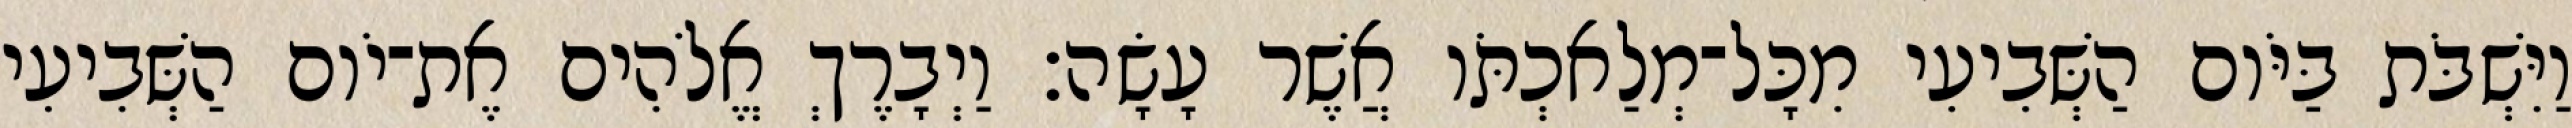
וַיִּשְׁבֹּת בַּיֹּום הַשְּׁבִיעִי מִכָּל־מְלַאכְתֹּו אֲשֶׁר עָשָׂה׃ וַיְבָרֶךְ אֱלֹהִים אֶת־יֹום הַשְּׁבִיעִי